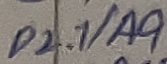
Text: P2.1/A9